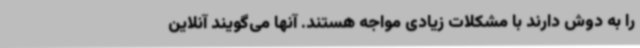
را به دوش دارند با مشکلات زیادی مواجه هستند. آنها می‌گویند آنلاین